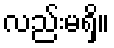
လည်းမရှိ။